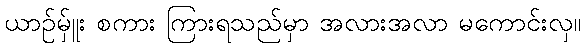
ယာဉ်မ်ှူး စကား ကြားရသည်မှာ အလားအလာ မကောင်းလှ။